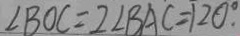
\angle B O C = 2 \angle B A C = 1 2 0 ^ { \circ } \cdot